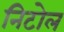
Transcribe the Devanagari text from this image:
निटोल